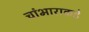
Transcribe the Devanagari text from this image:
चांभाराकडे